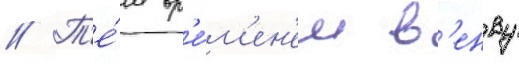
// Т'е́м вр'е́м'ен'ем в'енву